system: You are a helpful assistant.
user:
Analyze the provided spectrum to determine if it is a **S-type Star**.

- **Key Indicators for S-type Star:**

    - **(Overall Spectrum Shape):** The first and most obvious characteristic is the overall continuum (the "baseline" shape). It is **extremely "red-sloping,"** meaning the flux (light intensity) is very low on the left side (blue, ~4000-4500 Å) and rises steeply and continuously toward the right side (red, ~7000 Å+).

    - **(Primary):** The spectrum is defined by the presence of strong, broad molecular absorption "valleys" (bands) from **Zirconium Oxide (ZrO)**. The identification of these bands is the **primary requirement** for classifying a star as S-type.
        - **(Key Bandheads):** You must find distinct, deep "dips" where the light has been absorbed. The most critical band systems to locate are:
            - **~6474 Å** ($\gamma$-system): This is often the strongest and clearest ZrO feature, found in the red part of the spectrum.
            - **~5718 Å** & **~5551 Å** ($\beta$-system): A pair of prominent absorption features in the yellow-orange part of the spectrum.
            - **~4640 Å** ($\alpha$-system): A key absorption band system in the blue-green region of the spectrum.

    - **(Secondary Confirmation):** The classification is strengthened by finding additional absorption bands from other related heavy element oxides, which are expected to be present alongside ZrO.
        - **(Key Bandheads):**
            - **Yttrium Oxide (YO):** Look for absorption dips near **~4800 Å** and **~6100 Å**.
            - **Lanthanum Oxide (LaO):** Additional absorption features, particularly in the red-orange part of the spectrum, are also characteristic.

    - **(Line Profile):** The combination of the steep red continuum and these numerous, deep molecular bands (ZrO, YO, etc.) gives the entire spectrum a very **"chopped-up"** or **"bumpy"** appearance. Instead of a smooth curve, the spectrum looks as though large, wide chunks of light have been "carved out" of it at the specific wavelengths listed above.

Think first, call **spectral_visualization_tool** if needed to examine features in detail, then provide your final answer. Your response must adhere to the following strict rules:
1.  **Overall Structure:** Your response must follow the format `<think>...</think> <tool_call>...</tool_call> (if a tool is used) <answer>...</answer>`.
2.  **Tool Usage Constraint:** You may only make **one** tool call per turn.
3.  **Final Answer Format:** In the `<answer>` tag, your conclusion must be inside a `\boxed{}` command (e.g., `\boxed{YES}` or `\boxed{NO}`), followed by your justification.

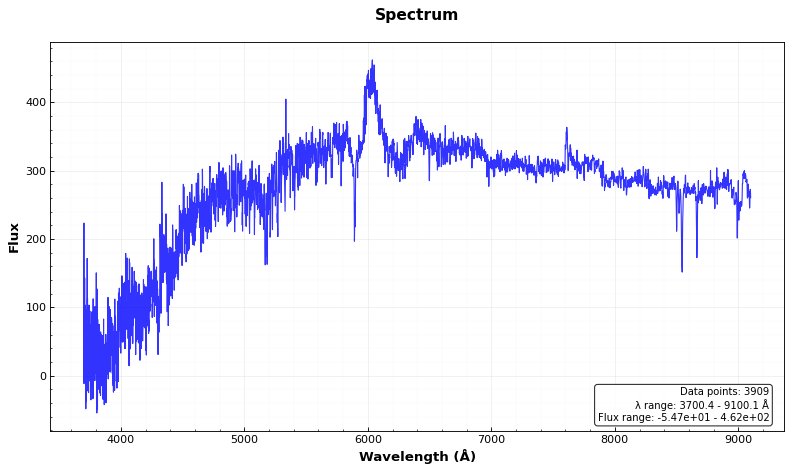
Answer: NO